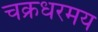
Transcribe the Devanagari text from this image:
चक्रधरमय